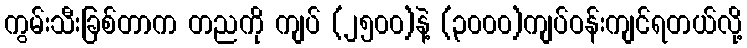
ကွမ်းသီးခြစ်တာက တညကို ကျပ် (၂၅၀၀)နဲ့ (၃၀၀၀)ကျပ်ဝန်းကျင်ရတယ်လို့